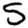
Digit: 5